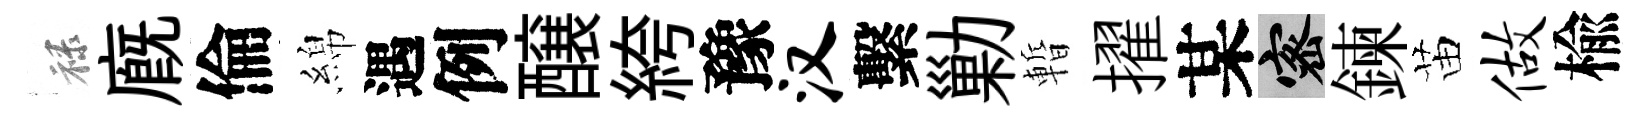
禄廐倫綿遇例醸絝豫汉繫勦暫擢某密鍊苗做楡